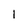
Character: 1